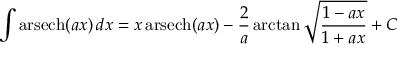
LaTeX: \int \operatorname { a r s e c h } ( a x ) \, d x = x \operatorname { a r s e c h } ( a x ) - { \frac { 2 } { a } } \arctan { \sqrt { \frac { 1 - a x } { 1 + a x } } } + C